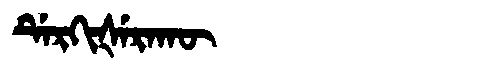
Manchu: ᡩᡝᡵᡴᡳᡧᡝᡵᠠᡴᡡ
Romanization: DERKIŠERAKŪ